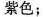
紫色；